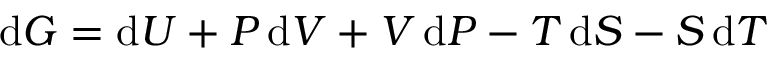
\mathrm { d } G = \mathrm { d } U + P \, \mathrm { d } V + V \, \mathrm { d } P - T \, \mathrm { d } S - S \, \mathrm { d } T